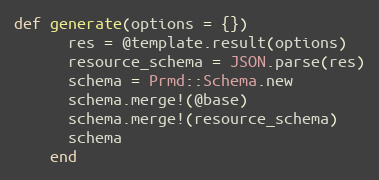
Language: Ruby
def generate(options = {})
      res = @template.result(options)
      resource_schema = JSON.parse(res)
      schema = Prmd::Schema.new
      schema.merge!(@base)
      schema.merge!(resource_schema)
      schema
    end